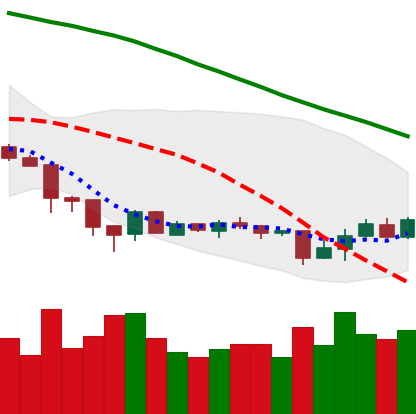
Ticker: XMR-USD
Chart end date: 2018-06-27
Forward return: 9.161%
Label: up_7plus